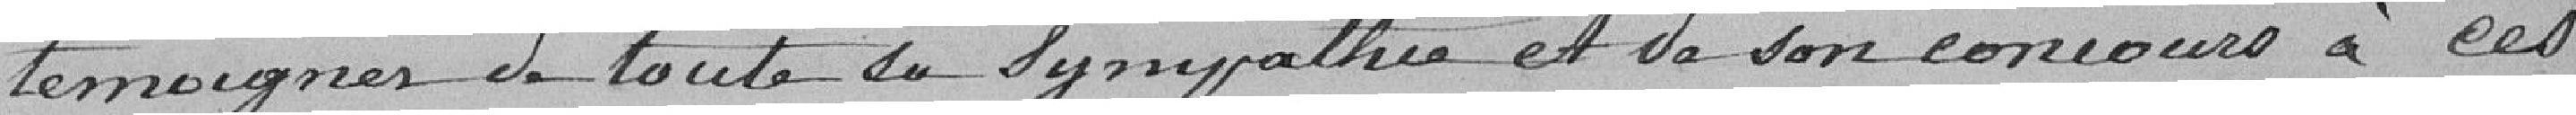
témoigner de toute sa sympathie et de son concours à ces